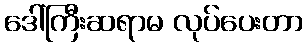
ဒေါ်ကြီးဆရာမ လုပ်ပေးတာ